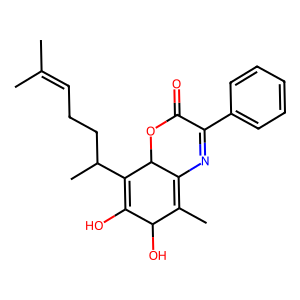
SMILES: CC(C)=CCCC(C)C1=C(O)C(O)C(C)=C2N=C(c3ccccc3)C(=O)OC21
Inhibits HIV replication: No